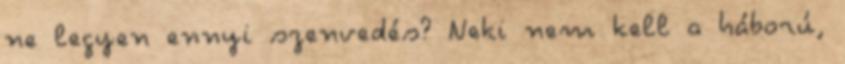
ne legyen ennyi szenvedés? Neki nem kell a háború,